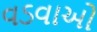
વડવાઓ